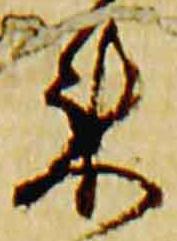
来